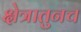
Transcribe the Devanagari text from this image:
क्षेत्रातुनच